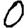
Digit: 0